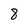
Character: 8